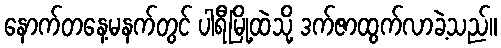
နောက်တနေ့မနက်တွင် ပါရီမြို့ထဲသို့ ဒက်ဇာထွက်လာခဲ့သည်။